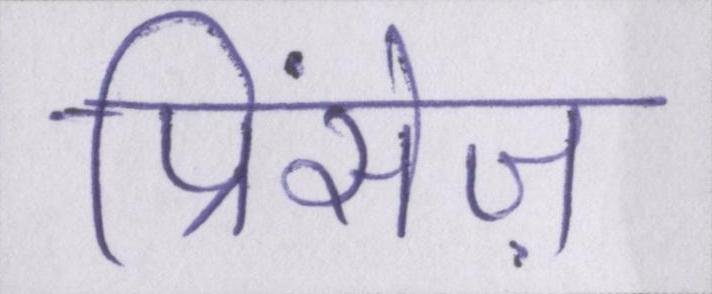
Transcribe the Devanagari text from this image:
प्रिंसेज़